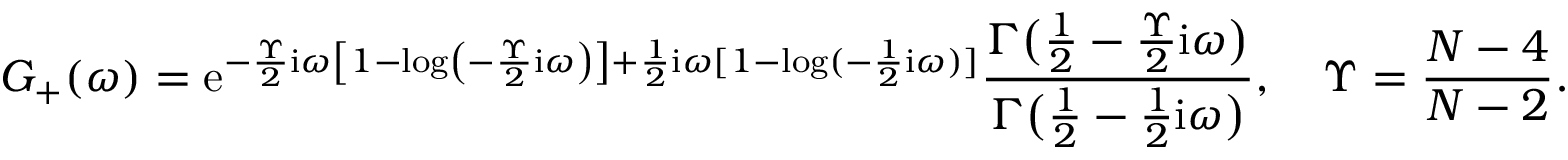
G _ { + } ( \omega ) = \mathrm { e } ^ { - \frac { \Upsilon } { 2 } \mathrm { i } \omega \left[ 1 - \log \left( - \frac { \Upsilon } { 2 } \mathrm { i } \omega \right) \right] + \frac { 1 } { 2 } \mathrm { i } \omega [ 1 - \log ( - \frac { 1 } { 2 } \mathrm { i } \omega ) ] } \frac { \Gamma \big ( \frac { 1 } { 2 } - \frac { \Upsilon } { 2 } \mathrm { i } \omega \big ) } { \Gamma \big ( \frac { 1 } { 2 } - \frac { 1 } { 2 } \mathrm { i } \omega \big ) } , \quad \Upsilon = \frac { N - 4 } { N - 2 } .